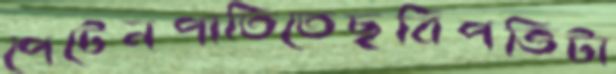
পেটেনপাতিতেছবিপত্তিটা